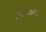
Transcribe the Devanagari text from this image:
शब्दप्रयोगीय